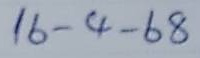
16 - 4 - 68